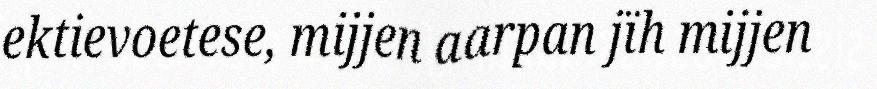
ektievoetese, mijjen aarpan jïh mijjen